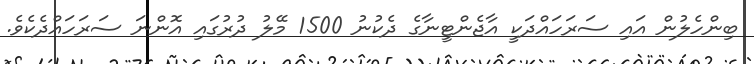
ބިންހެލުން އައި ސަރަހައްދަކީ އާޖެންޓީނާގެ ދެކުނު 1500 މޭލު ދުރުގައި އޮންނަ ސަރަހައްދެކެވެ.